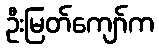
ဦးမြတ်ကျော်က